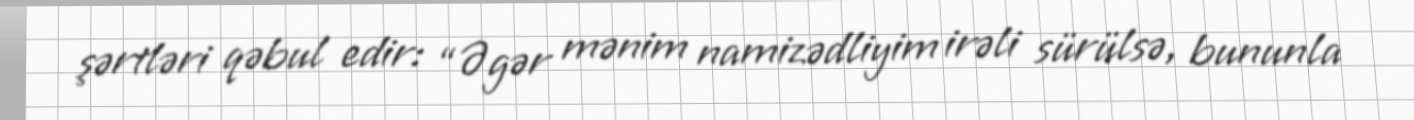
şərtləri qəbul edir: “Əgər mənim namizədliyim irəli sürülsə, bununla